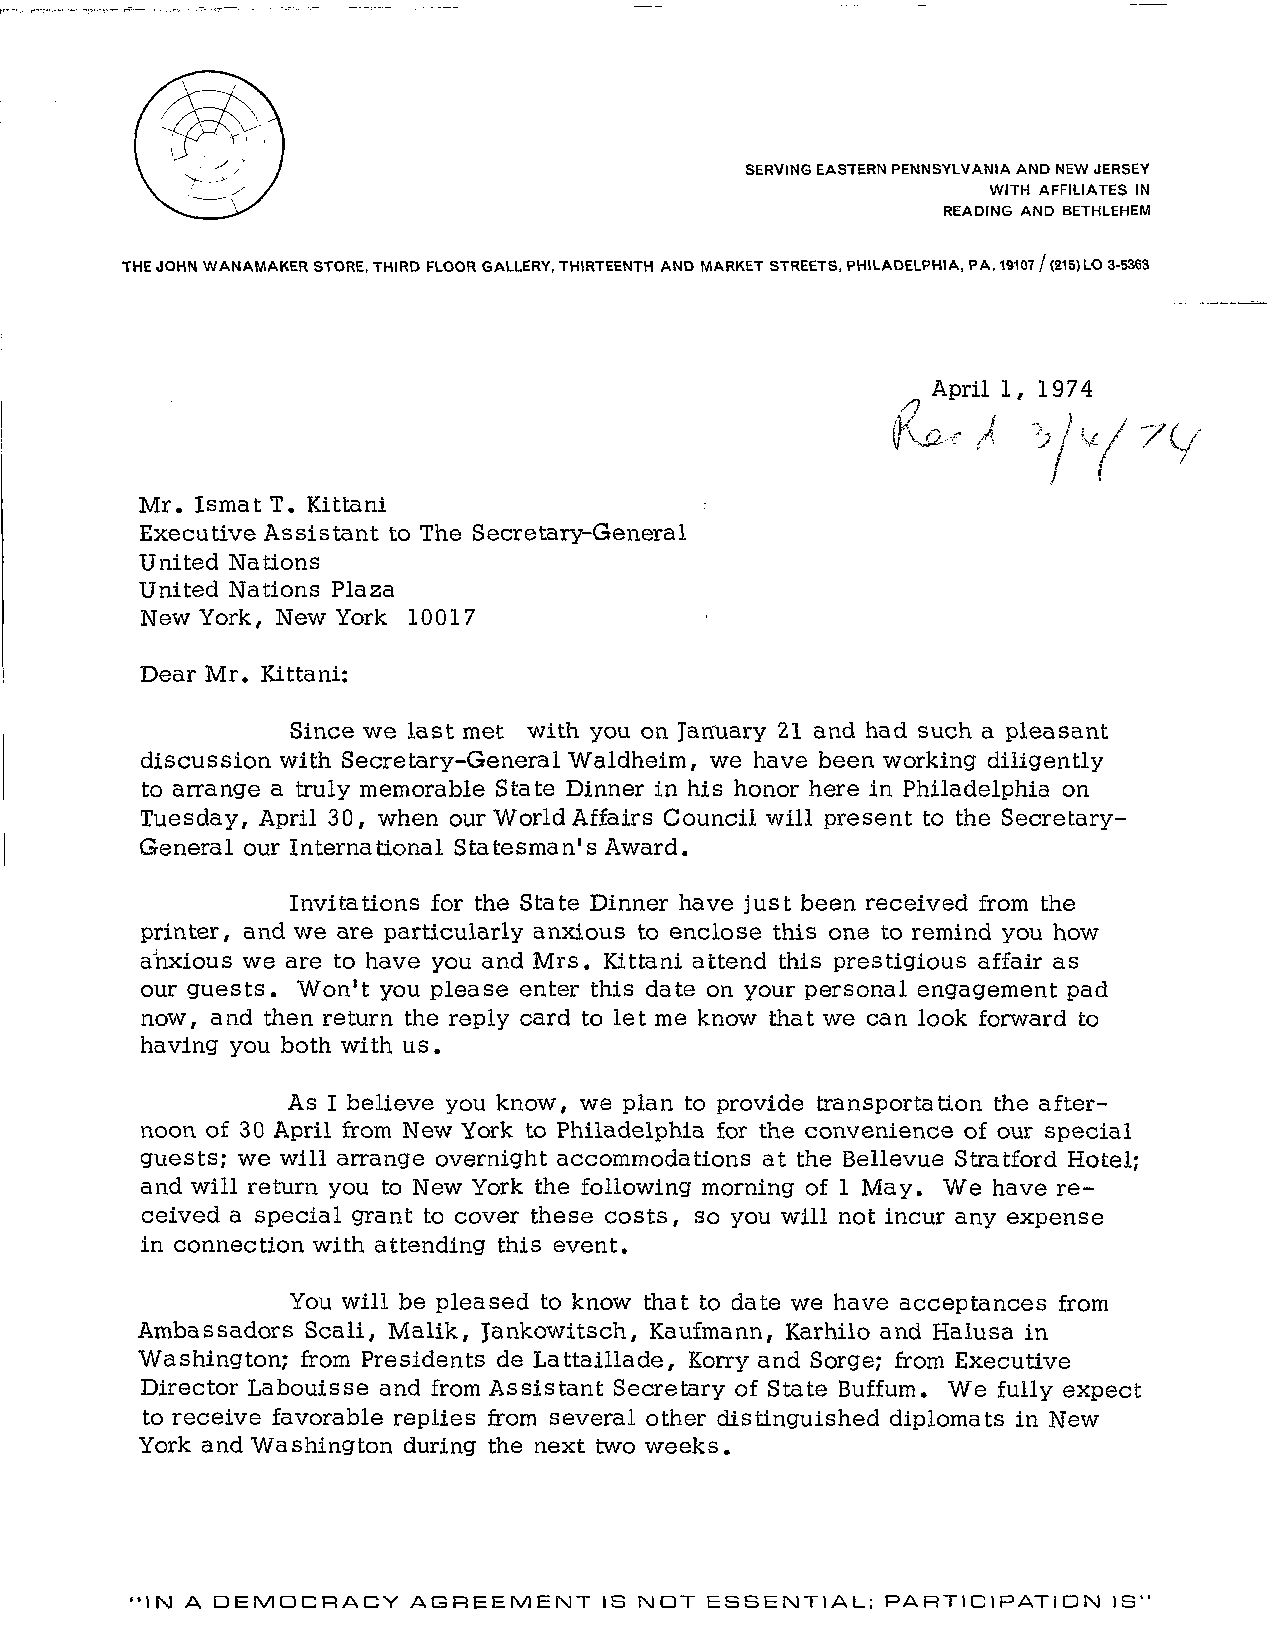
SERVING EASTERN PENNSYLVANIA AND NEW JERSEY
 WITH AFFILIATES IN
 READING AND BETHLEHEM
 THE JOHN WANAMAKER STORE, THIRD FLOOR GALLERY, THIRTEENTH AND MARKET STREETS, PHILADELPHIA, PA. 19107 / (215) LO 3-5363
 April 1, 1974
 'a-c A   ^/i
 Mr. Ismat T. Kittani
 Executive Assistant to The Secretary-General
 United Nations
 United Nations Plaza
 New York, New York 10017
 Dear Mr. Kittani:
 Since we last met with you on January 21 and had such a pleasant
 discussion with Secretary-General Waldheim, we have been working diligently
 to arrange a truly memorable State Dinner in his honor here in Philadelphia on
 Tuesday, April 30, when our World Affairs Council will present to the Secretary-
 General our International Statesman's Award.
 Invitations for the State Dinner have just been received from the
 printer, and we are particularly anxious to enclose this one to remind you how
 anxious we are to have you and Mrs. Kittani attend this prestigious affair as
 our guests. Won't you please enter this date on your personal engagement pad
 now, and then return the reply card to let me know that we can look forward to
 having you both with us.
 As I believe you know, we plan to provide transportation the after-
 noon of 30 April from New York to Philadelphia for the convenience of our special
 guests; we will arrange overnight accommodations at the Bellevue Stratford Hotel;
 and will return you to New York the following morning of 1 May. We have re-
 ceived a special grant to cover these costs, so you will not incur any expense
 in connection with attending this event.
 You will be pleased to know that to date we have acceptances from
 Ambassadors Scali, Malik, Jankowitsch, Kaufmann, Karhilo and Halusa in
 Washington; from Presidents de Lattaillade, Korry and Sorge; from Executive
 Director Labouisse and from Assistant Secretary of State Buffum. We fully expect
 to receive favorable replies from several other distinguished diplomats in New
 York and Washington during the next two weeks.
 •IN A DEMOCRACY   AGREEMENT   IS NOT ESSENTIAL;  PARTICIPATION  IS"